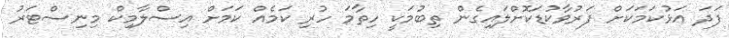
ފަދަ އަޅުކަމަކަށް ފަރުވާކުޑަކޮށްލައިގެން ތިބުމަކީ ހިތާމަ ހުރި ކަމެއް ކަމަށް އިސްލާމިކް މިނިސްޓަރު